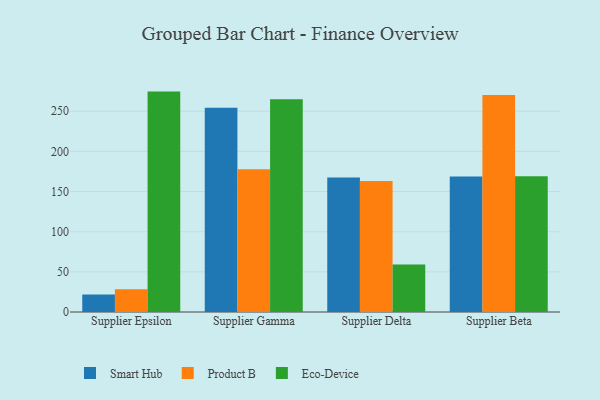
{"axis": {"x": "Supplier", "y": "Inventory Turnover"}, "legend": ["Eco-Device", "Product B", "Smart Hub"], "data": [{"x": "Supplier Epsilon", "y": 21.8, "type": "Smart Hub"}, {"x": "Supplier Epsilon", "y": 28.3, "type": "Product B"}, {"x": "Supplier Epsilon", "y": 274.5, "type": "Eco-Device"}, {"x": "Supplier Gamma", "y": 254.3, "type": "Smart Hub"}, {"x": "Supplier Gamma", "y": 177.9, "type": "Product B"}, {"x": "Supplier Gamma", "y": 265.1, "type": "Eco-Device"}, {"x": "Supplier Delta", "y": 167.5, "type": "Smart Hub"}, {"x": "Supplier Delta", "y": 163.3, "type": "Product B"}, {"x": "Supplier Delta", "y": 59.1, "type": "Eco-Device"}, {"x": "Supplier Beta", "y": 168.8, "type": "Smart Hub"}, {"x": "Supplier Beta", "y": 270.2, "type": "Product B"}, {"x": "Supplier Beta", "y": 169.2, "type": "Eco-Device"}]}